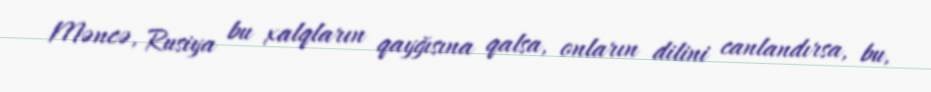
Məncə, Rusiya bu xalqların qayğısına qalsa, onların dilini canlandırsa, bu,